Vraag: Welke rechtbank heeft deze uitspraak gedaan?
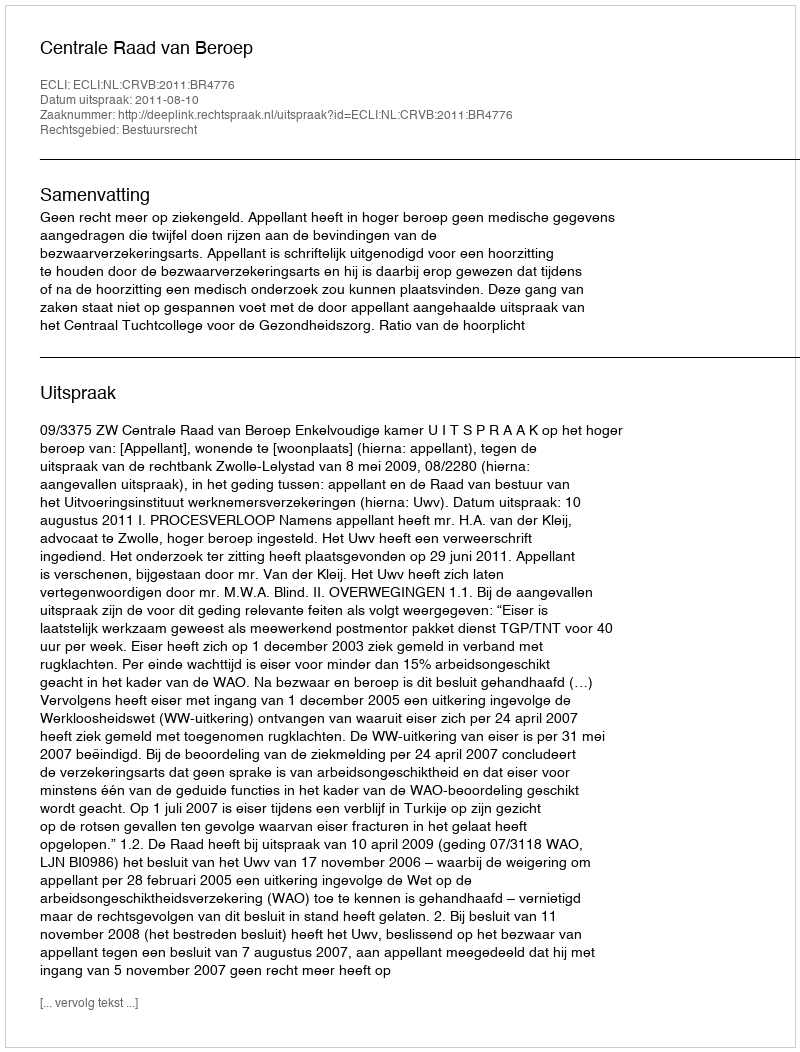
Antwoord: Centrale Raad van Beroep